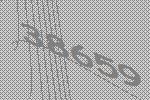
38659